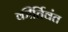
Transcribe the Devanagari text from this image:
कीर्तिवंत